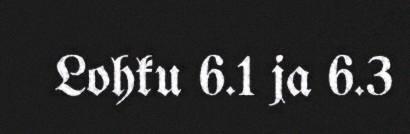
Lohku 6.1 ja 6.3